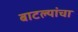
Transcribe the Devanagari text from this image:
बाटल्यांचा